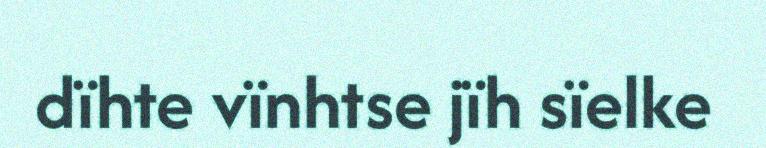
dïhte vïnhtse jïh sïelke